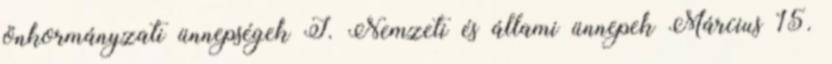
önkormányzati ünnepségek I. Nemzeti és állami ünnepek Március 15.